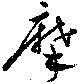
摩